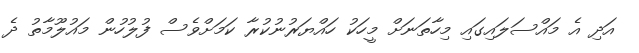
އަދި އެ މައްސަލައިގައި މިހާތަނަށް މީހަކު ހައްޔަރުނުކުރާ ކަމަށްވެސް ފުލުހުން މައުލޫމާތު ދެ